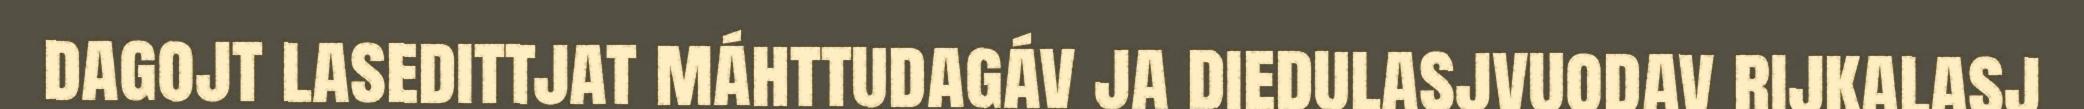
dagojt lasedittjat máhttudagáv ja diedulasjvuodav rijkalasj